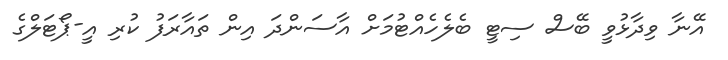
އޭނާ ވިދާޅުވީ ބޭސް ސިޓީ ބެލެހެއްޓުމަށް އާސަންދަ އިން ތައާރަފު ކުރި އީ-ޕޯޓަލްގެ